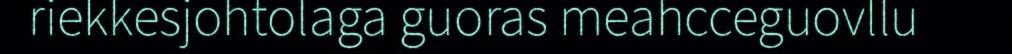
riekkesjohtolaga guoras meahcceguovllu